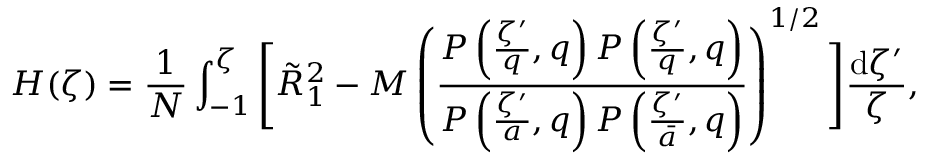
H ( \zeta ) = \frac { 1 } { N } \int _ { - 1 } ^ { \zeta } \Bigg [ \tilde { R } _ { 1 } ^ { 2 } - M \left( \frac { P \left( \frac { \zeta ^ { \prime } } { q } , q \right) P \left( \frac { \zeta ^ { \prime } } { q } , q \right) } { P \left( \frac { \zeta ^ { \prime } } { a } , q \right) P \left( \frac { \zeta ^ { \prime } } { \bar { a } } , q \right) } \right) ^ { 1 / 2 } \Bigg ] \frac { \mathrm { d } \zeta ^ { \prime } } { \zeta } ,